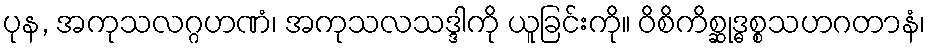
ပုန, အကုသလဂ္ဂဟဏံ၊ အကုသလသဒ္ဒါကို ယူခြင်းကို။ ဝိစိကိစ္ဆုဒ္ဓစ္စသဟဂတာနံ၊